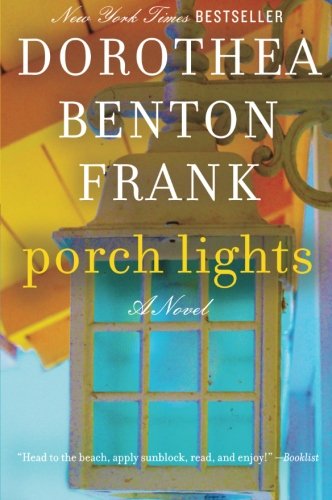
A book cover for Porch Lights: A Novel; Dorothea Benton Frank; Literature & Fiction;